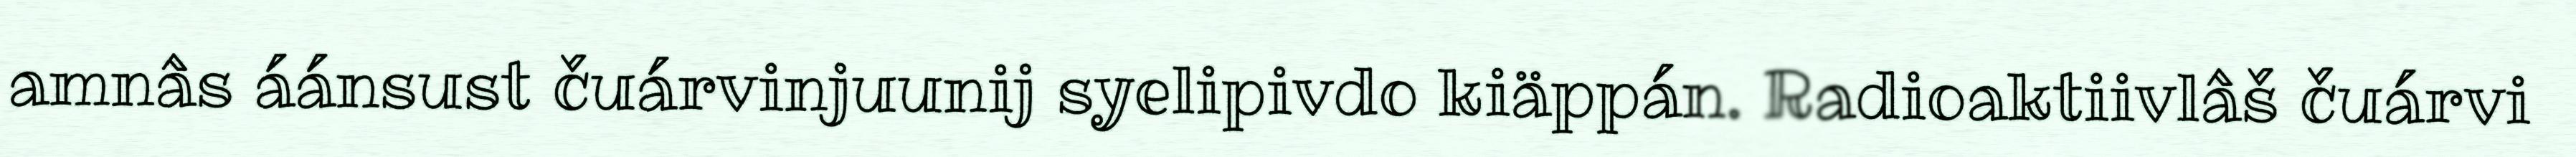
amnâs áánsust čuárvinjuunij syelipivdo kiäppán. Radioaktiivlâš čuárvi